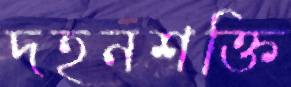
দহনশক্তি